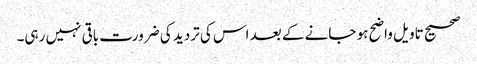
صحیح تاویل واضح ہو جانے کے بعد اس کی تردید کی ضرورت باقی نہیں رہی۔